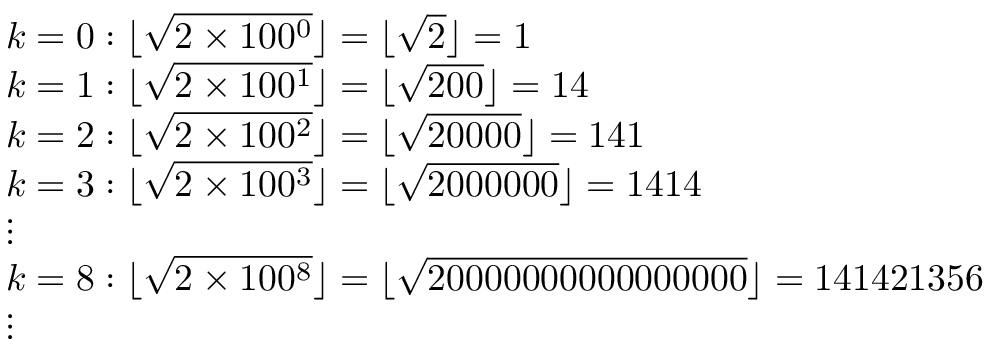
{ \begin{array} { r l } & { k = 0 : \lfloor { \sqrt { 2 \times 1 0 0 ^ { 0 } } } \rfloor = \lfloor { \sqrt { 2 } } \rfloor = 1 } \\ & { k = 1 : \lfloor { \sqrt { 2 \times 1 0 0 ^ { 1 } } } \rfloor = \lfloor { \sqrt { 2 0 0 } } \rfloor = 1 4 } \\ & { k = 2 : \lfloor { \sqrt { 2 \times 1 0 0 ^ { 2 } } } \rfloor = \lfloor { \sqrt { 2 0 0 0 0 } } \rfloor = 1 4 1 } \\ & { k = 3 : \lfloor { \sqrt { 2 \times 1 0 0 ^ { 3 } } } \rfloor = \lfloor { \sqrt { 2 0 0 0 0 0 0 } } \rfloor = 1 4 1 4 } \\ & { \vdots } \\ & { k = 8 : \lfloor { \sqrt { 2 \times 1 0 0 ^ { 8 } } } \rfloor = \lfloor { \sqrt { 2 0 0 0 0 0 0 0 0 0 0 0 0 0 0 0 0 } } \rfloor = 1 4 1 4 2 1 3 5 6 } \\ & { \vdots } \end{array} }